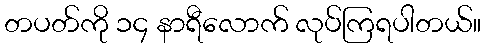
တပတ်ကို ၁၄ နာရီလောက် လုပ်ကြရပါတယ်။